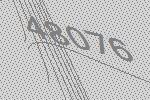
48076